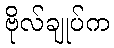
ဗိုလ်ချုပ်က